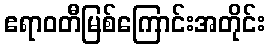
ဧရာဝတီမြစ်ကြောင်းအတိုင်း